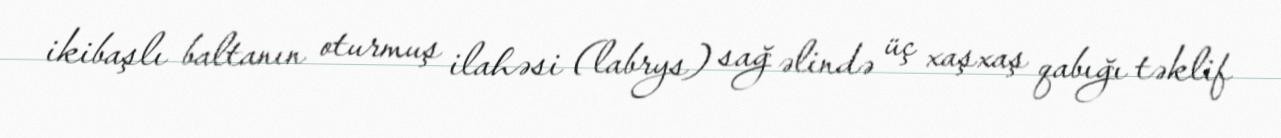
ikibaşlı baltanın oturmuş ilahəsi (labrys) sağ əlində üç xaşxaş qabığı təklif